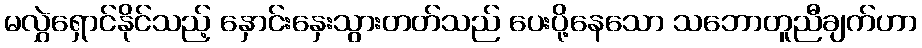
မလွှဲရှောင်နိုင်သည့် နှောင်းနှေးသွားတတ်သည် ပေးပို့နေသော သဘောတူညီချက်ဟာ